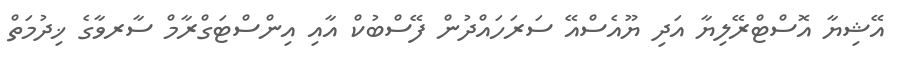
އޭޝިޔާ އޮސްޓްރޭލިޔާ އަދި ޔޫއެސްއޭ ސަރަހައްދުން ފޭސްބުކް އާއި އިންސްޓަގްރާމް ސާރވާގެ ޚިދުމަތް